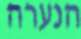
הנערה